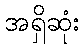
အရှိဆုံး